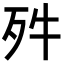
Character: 𣧘